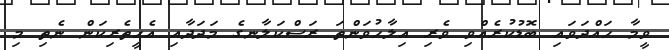
ވީމާ ހައްދަވައި ބޮޑުކުރެއްވި ވެރި އިލާހުވަންތަ ރަސްކަލާނގެ މަދަދާއި އެހީތެރިކަން ނެތި މި